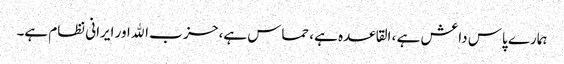
ہمارے پاس داعش ہے ، القاعده ہے، حماس ہے، حز ب الله اور ایرانی نظام ہے۔